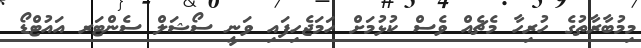
މިމުބާރާތުގެ ހުރިހާ މެޗެއް ވެސް ކުޅުމަށް ހަމަޖެހިފައި ވަނީ ސޯޝަލް ސެންޓަރ އައުޓްޑޯ